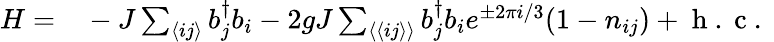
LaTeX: \begin{array}{rl}{H=}&{{}-J\sum_{\langle ij\rangle}b_{j}^{\dagger}b_{i}-2gJ\sum_{\langle\langle ij\rangle\rangle}b_{j}^{\dagger}b_{i}e^{\pm 2\pi i/3}(1-n_{ij})+\mathrm{~h~.~c~.~}}\end{array}